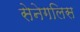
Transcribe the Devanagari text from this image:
सेनेगलिस